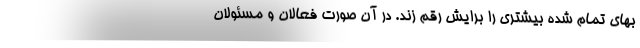
بهای تمام شده بیشتری را برایش رقم زند. در آن صورت فعالان و مسئولان